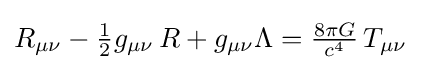
\textstyle R_{\mu \nu }-{1 \over 2}g_{\mu \nu }\,R+g_{\mu \nu }\Lambda ={8\pi G \over c^{4}}\,T_{\mu \nu }